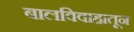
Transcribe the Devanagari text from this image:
बालविवाहातून